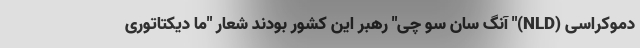
دموکراسی (NLD)" آنگ سان سو چی" رهبر این کشور بودند شعار "ما دیکتاتوری